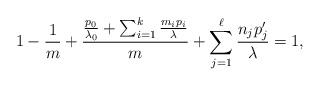
\begin{align*} 1-\frac{1}{m}+\frac{\frac{p_0}{\lambda_0} + \sum_{i=1}^k\frac{m_ip_i}{\lambda}}{m} + \sum_{j=1}^\ell \frac{n_jp'_j}{\lambda}=1, \end{align*}